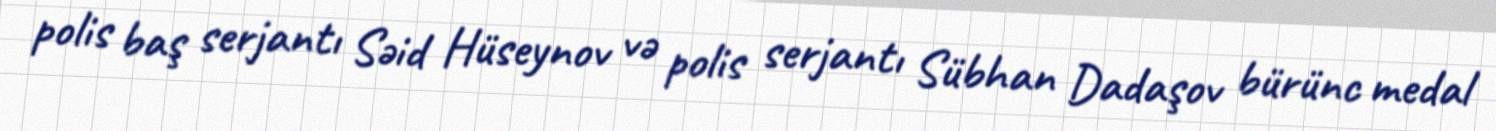
polis baş serjantı Səid Hüseynov və polis serjantı Sübhan Dadaşov bürünc medal